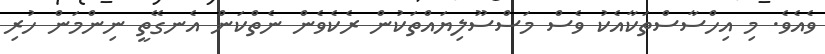
ވެއެވެ. މި އިހްސާސްތަކާއެކު ވެސް މަސްސޫލިޔައްތަކުން ރެކެވެން ނެތްކަން އެނގޭތީ ނިންމަން ހުރި